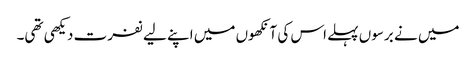
میں نے برسوں پہلے اس کی آنکھوں میں اپنے لیے نفرت دیکھی تھی۔